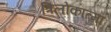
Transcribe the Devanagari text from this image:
त्रिलोकात्मा